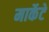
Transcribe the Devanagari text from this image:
मार्केटे